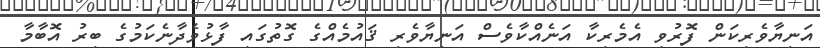
އަނިޔާވެރިކަން ފޮރުވި އެމެރިކާ އަނެއްކާވެސް އަނިޔާވެރި ޤައުމެއްގެ ގޮތުގައި ފާޅުވެދާނެކަމުގެ ބިރު އޮބާމާ